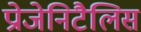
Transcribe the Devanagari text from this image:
प्रोजेनिटैलिस